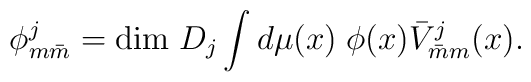
\phi^j_{m\bar{m}} = {\rm dim}\;D_j \int d\mu(x) \; \phi(x)\bar{V}^j_{\bar{m}m}(x).